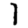
Digit: 1